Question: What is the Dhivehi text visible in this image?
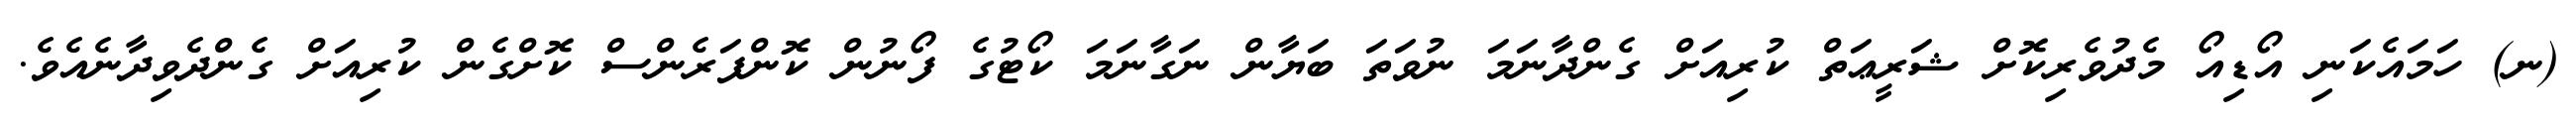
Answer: (ނ) ހަމައެކަނި އޯޑިއޯ މެދުވެރިކޮށް ޝަރީޢަތް ކުރިއަށް ގެންދާނަމަ ނުވަތަ ބަޔާން ނަގާނަމަ ކޯޓުގެ ފޯނުން ކޮންފަރެންސް ކޮށްގެން ކުރިއަށް ގެންދެވިދާނެއެވެ.